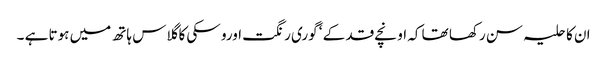
ان کا حلیہ سن رکھا تھا کہ اونچے قد کے ‘ گوری رنگت اورو سکی کا گلاس ہاتھ میں ہوتا ہے ۔